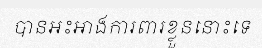
បានអះអាងការពារខ្លួននោះទេ